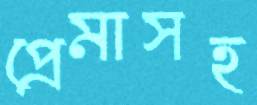
প্রেমাসহ